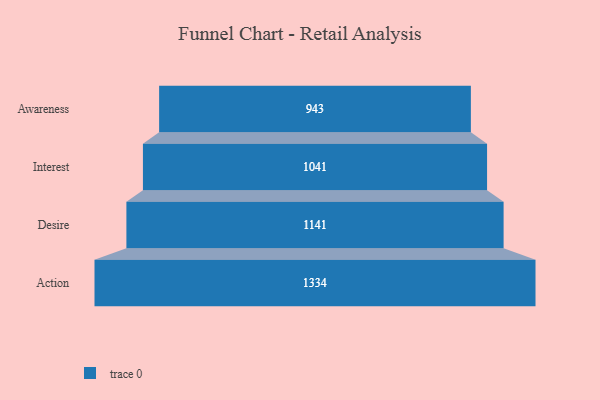
{"axis": {"x": "Stage", "y": "Value"}, "legend": [""], "data": [{"x": "Awareness", "y": 943.0, "type": ""}, {"x": "Interest", "y": 1041.0, "type": ""}, {"x": "Desire", "y": 1141.0, "type": ""}, {"x": "Action", "y": 1334.0, "type": ""}]}